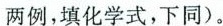
两例，填化学式，下同)。